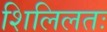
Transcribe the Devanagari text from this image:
शिलिलतः